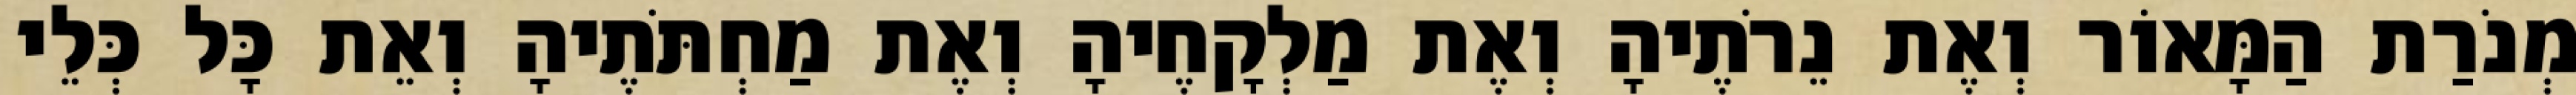
מְנֹרַת הַמָּאוֹר וְאֶת נֵרֹתֶיהָ וְאֶת מַלְקָחֶיהָ וְאֶת מַחְתֹּתֶיהָ וְאֵת כָּל כְּלֵי